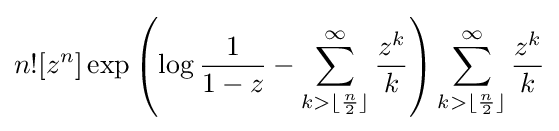
n![z^{n}]\exp \left(\log {\frac {1}{1-z}}-\sum _{k>\lfloor {\frac {n}{2}}\rfloor }^{\infty }{\frac {z^{k}}{k}}\right)\sum _{k>\lfloor {\frac {n}{2}}\rfloor }^{\infty }{\frac {z^{k}}{k}}